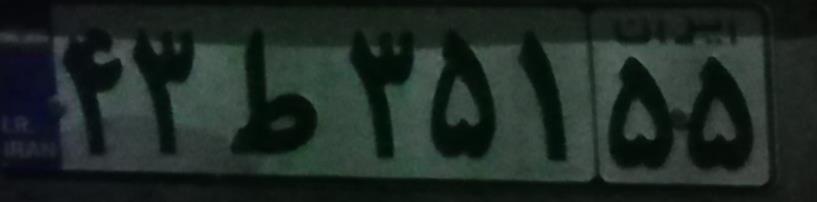
۴۳ط۳۵۱۵۵